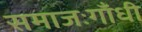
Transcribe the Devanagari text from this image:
समाजःगाँधी